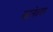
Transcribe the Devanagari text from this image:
कालेश्‍वर